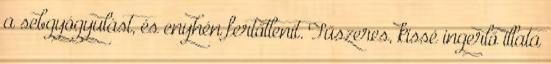
a sebgyógyulást, és enyhén fertőtlenít. Fűszeres, kissé ingerlő illata